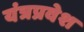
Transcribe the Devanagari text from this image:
यंत्रप्रवेश